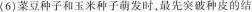
(6)菜豆种子和玉米种子萌发时，最先突破种皮的结